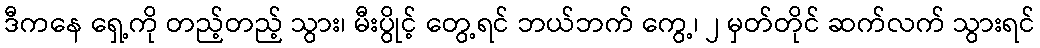
ဒီကနေ ရှေ့ကို တည့်တည့် သွား၊ မီးပွိုင့် တွေ့ရင် ဘယ်ဘက် ကွေ့၊ ၂ မှတ်တိုင် ဆက်လက် သွားရင်